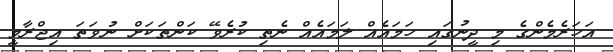
އަހަރެމެންގެ މި ދީނުގައި ހަމައެއް ލަމައެއް ނެތި ކުރެވޭ ކަންތަކަށް ނުވަތަ އިޖްރާމީ